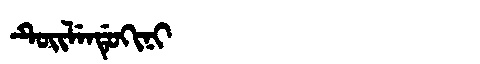
Manchu: ᡨᡠᡳᠯᡝᠨᡩᡠᡴᡳᠨᡳ
Romanization: TUILENDUKINI